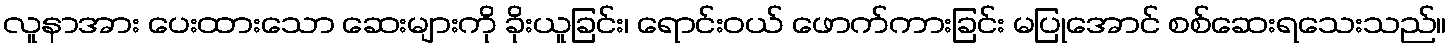
လူနာအား ပေးထားသော ဆေးများကို ခိုးယူခြင်း၊ ရောင်းဝယ် ဖောက်ကားခြင်း မပြုအောင် စစ်ဆေးရသေးသည်။